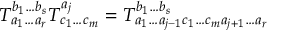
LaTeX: T _ { a _ { 1 } \ldots a _ { r } } ^ { b _ { 1 } \ldots b _ { s } } T _ { c _ { 1 } \ldots c _ { m } } ^ { a _ { j } } = T _ { a _ { 1 } \ldots a _ { j - 1 } c _ { 1 } \ldots c _ { m } a _ { j + 1 } \ldots a _ { r } } ^ { b _ { 1 } \ldots b _ { s } }